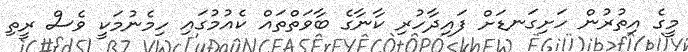
މީގެ އިތުރުން ހަށިގަނޑަށް ފައިދާހުރި ކާނާގެ ބާވަތްތައް ކެއުމުގައި ހިމެނުމަކީ ވެސް ރީތި